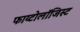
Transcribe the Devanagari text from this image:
फाय्टोलॉजिस्ट